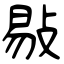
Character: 敡